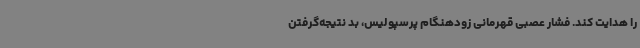
را هدایت کند. فشار عصبی قهرمانی زودهنگام پرسپولیس، بد نتیجه‌گرفتن